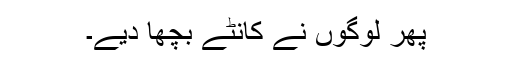
پھر لوگوں نے کانٹے بچھا دیے۔